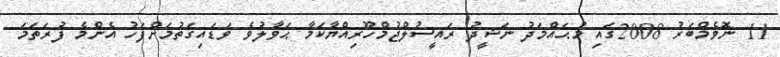
11 ނޮވެމްބަރު 2008ގައި މުޙައްމަދު ނަޝީދު ރައީސުލްޖުމްހޫރިއްޔާކަމާ ޙަވާލުވެ ވަޑައިގަތުމަށްފަހު އެންމެ ފުރަތަމަ